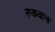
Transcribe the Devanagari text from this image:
रुकवाना